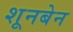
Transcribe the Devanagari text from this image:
शूनबेन